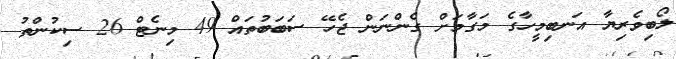
ލޯބިވެރިޔާ އަނބިމީހާގެ މަގާމަށް ގެންނަން ޖެހޭ ސަބަބުތައް 49 މިނެޓް 26 ސިކުންތު